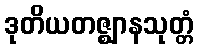
ဒုတိယတဇ္ဈာနသုတ္တံ